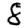
Digit: 8